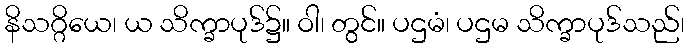
နိသဂ္ဂိယေ၊ ယ သိက္ခာပုဒ်၌။ ဝါ၊ တွင်။ ပဌမံ၊ ပဌမ သိက္ခာပုဒ်သည်၊